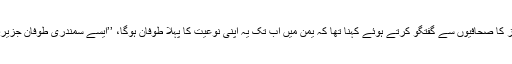
ڈبلیو ایم او کی خاتون ترجمان کلیر نولز کا صحافیوں سے گفتگو کرتے ہوئے کہنا تھا کہ یمن میں اب تک یہ اپنی نوعیت کا پہلا طوفان ہوگا، ’’ایسے سمندری طوفان جزیرہ نما عرب میں شاذو نادر ہی آتے ہیں۔